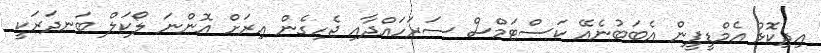
އިދިކޮޅު އެމްޑީޕީން އެބަބުނެއޭ ކަސްޓަމްސް ސަރަހައްދާއި ޖެހިގެން އިރަށް އޮންނަ ލޯކަލް ބަނދަރަކީ